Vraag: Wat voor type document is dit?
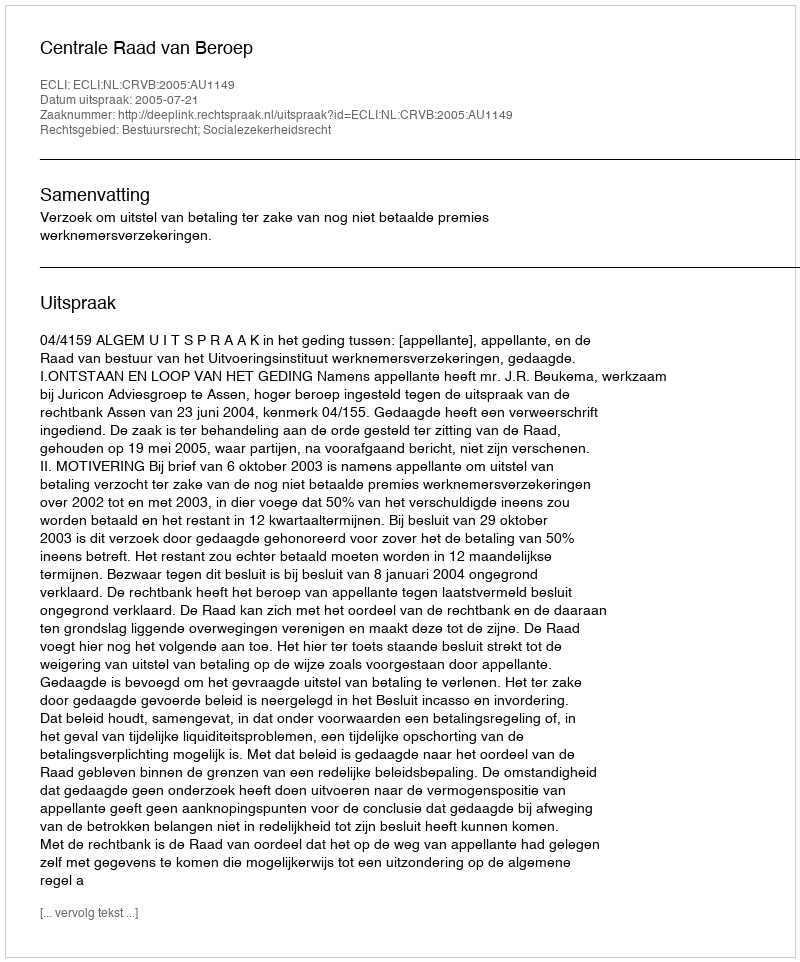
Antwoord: Uitspraak